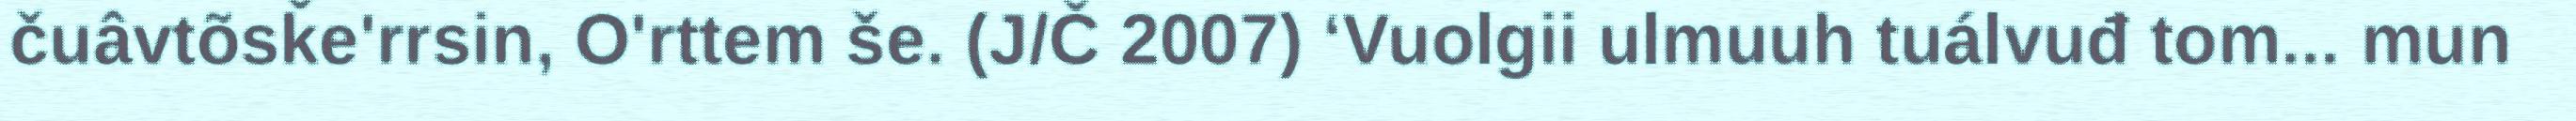
čuâvtõsǩe'rrsin, O'rttem še. (J/Č 2007) ‘Vuolgii ulmuuh tuálvuđ tom... mun